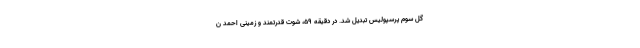
گل سوم پرسپولیس تبدیل شد. در دقیقه ۵۹، شوت قدرتمند و زمینی احمد ن